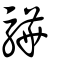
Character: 驊